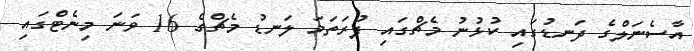
އާސެނަލްގެ ދަނޑުގައި ކުޅުނު މެޗްގައި ފުރަތަމަ ލަނޑު މެޗްގެ 16 ވަނަ މިނެޓްގައި